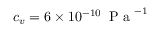
c _ { v } = 6 \times 1 0 ^ { - 1 0 } \, \mathrm { ~ P ~ a ~ } ^ { - 1 }